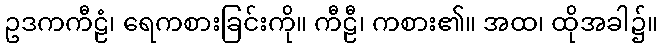
ဥဒကကီဠံ၊ ရေကစားခြင်းကို။ ကီဠီ၊ ကစား၏။ အထ၊ ထိုအခါ၌။